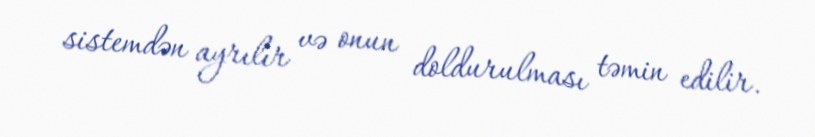
sistemdən ayrılır və onun doldurulması təmin edilir.